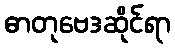
ဓာတုဗေဒဆိုင်ရာ